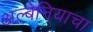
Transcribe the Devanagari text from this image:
अल्बेनियाचा